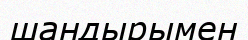
шандырымен